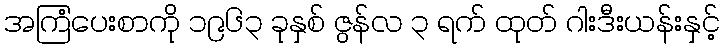
အကြံပေးစာကို ၁၉၆၃ ခုနှစ် ဇွန်လ ၃ ရက် ထုတ် ဂါးဒီးယန်းနှင့်